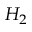
H _ { 2 }